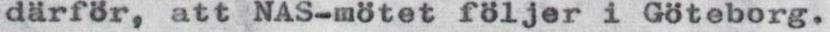
därför, att NAS-mötet följer i Göteborg.